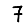
Digit: 7